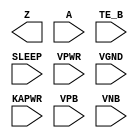
module sky130_fd_sc_lp__busdrivernovlpsleep (
    Z    ,
    A    ,
    TE_B ,
    SLEEP,
    VPWR ,
    VGND ,
    KAPWR,
    VPB  ,
    VNB
);

    // Module ports
    output Z    ;
    input  A    ;
    input  TE_B ;
    input  SLEEP;
    input  VPWR ;
    input  VGND ;
    input  KAPWR;
    input  VPB  ;
    input  VNB  ;

    // Local signals
    wire nor_teb_SLEEP;
     // No contents.
endmodule